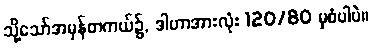
သို့သော်အမှန်တကယ်၌, ဒါဟာအားလုံး 120/80 မှစံပါပဲ။